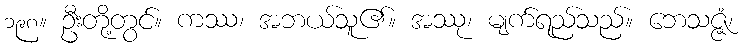
၁၉၈။ ဦးတို့တွင်။ ကဿ၊ အဘယ်သူ၏။ အဿု၊ မျက်ရည်သည်။ ဘေသဇ္ဇံ၊